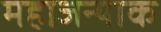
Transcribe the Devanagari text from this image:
महाजन्याक